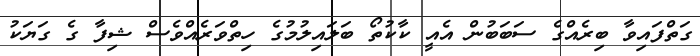
ގަތްފައިވާ ބިރެއްގެ ސަބަބުން އެއީ ކާކުތޯ ބަލައިލުމުގެ ހިތްވަރެއްވެސް ޝިފާ ގެ ގަޔަކު